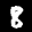
Label: 8